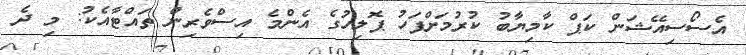
އެސޯސިއޭޝަން ކަޕް ކާމިޔާބު ކުރުމަށްފަހު ޕޮލިހުގެ އެންމެ އިސްވެރިން ތައްޓާއެކު: މި ދެ